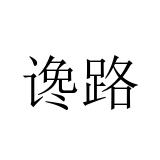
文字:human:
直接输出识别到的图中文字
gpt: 谗路